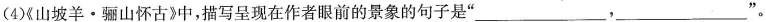
(4)《山坡羊·骊山怀古》中，描写呈现在作者眼前的景象的句子是”___,___”。